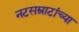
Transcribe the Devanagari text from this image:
नटसम्राटांच्या